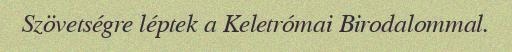
Szövetségre léptek a Keletrómai Birodalommal.